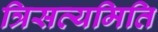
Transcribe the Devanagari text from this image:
त्रिसत्यमिति